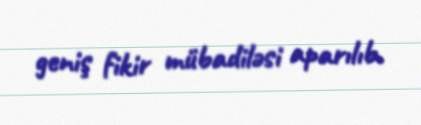
geniş fikir mübadiləsi aparılıb.